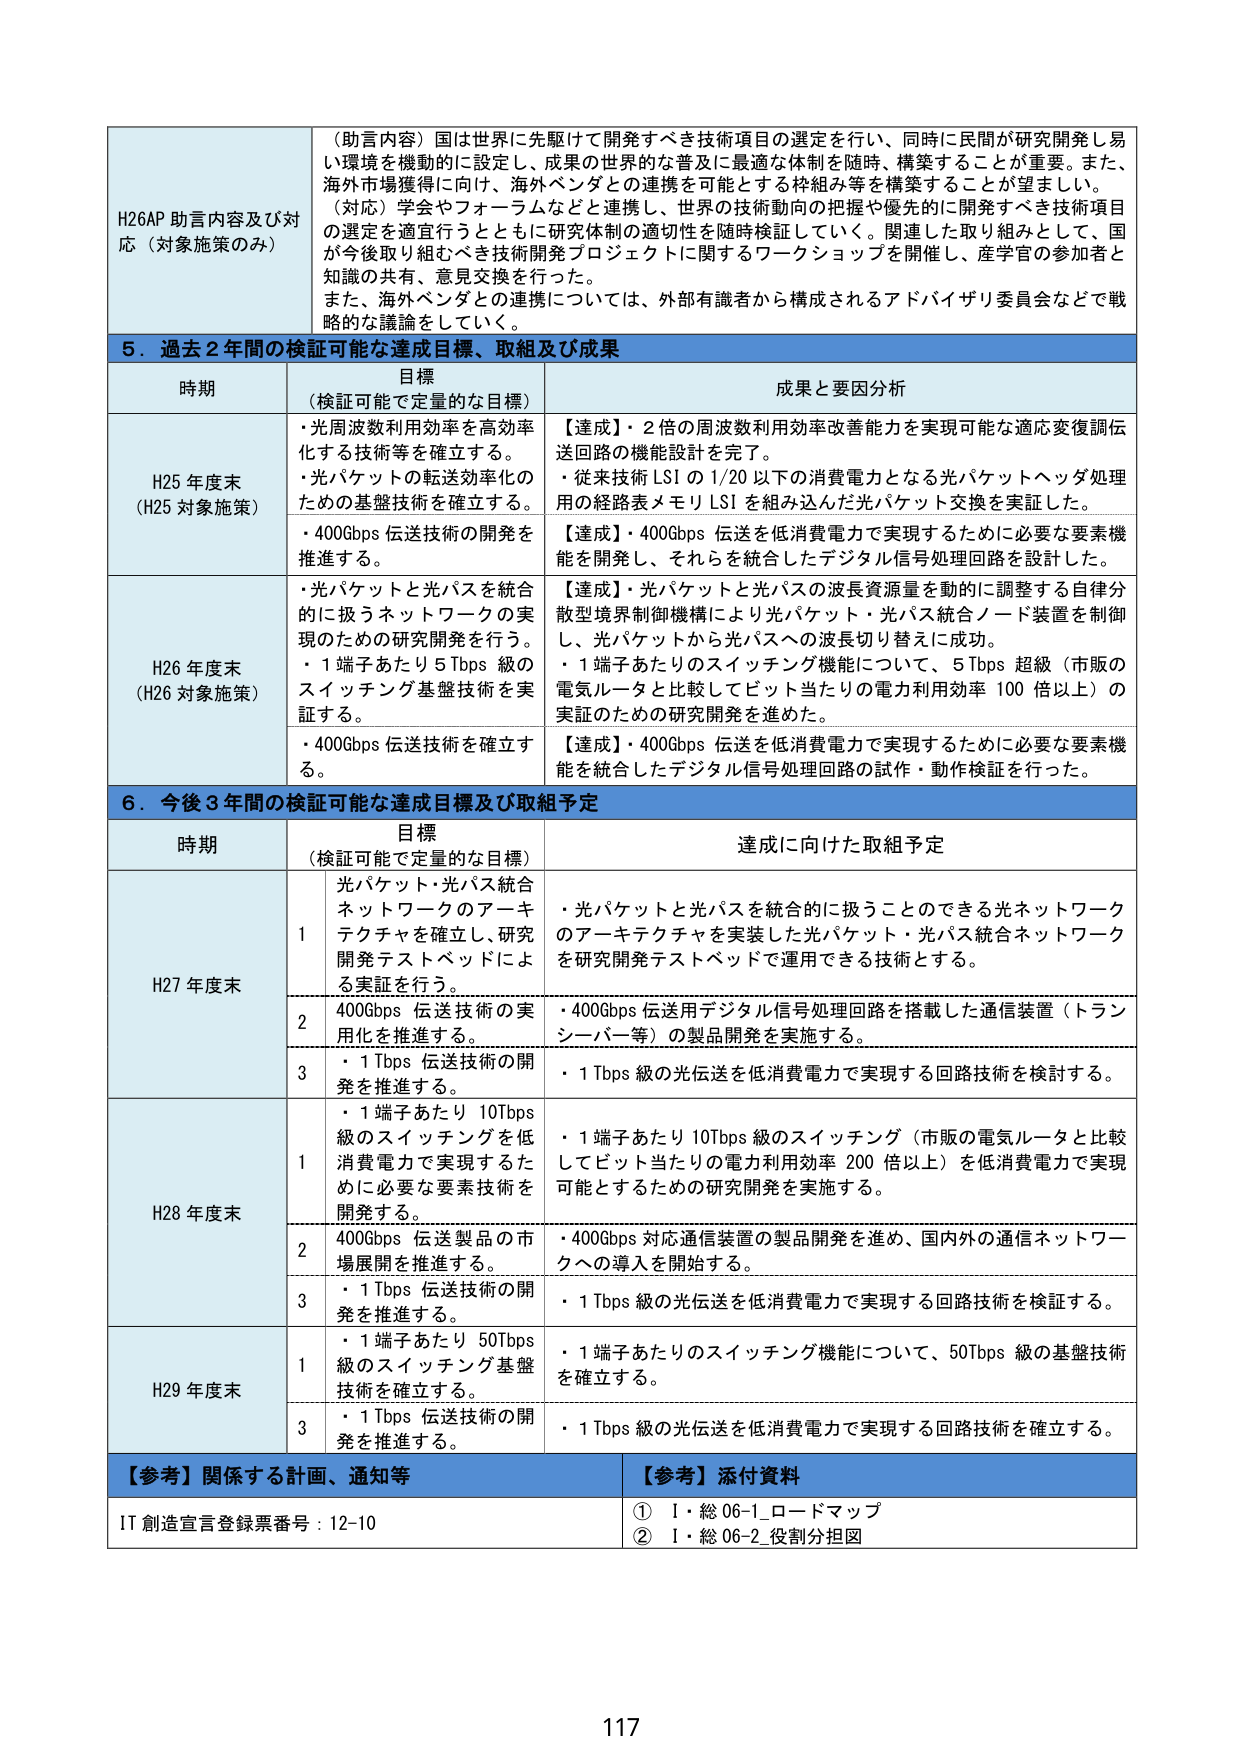
H26AP 助言内容及び対応（対象施策のみ）
（助言内容）国は世界に先駆けて開発すべき技術項目の選定を行い、同時に民間が研究開発し易い環境を機動的に設定し、成果の世界的な普及に最適な体制を随時、構築することが重要。また、海外市場獲得に向け、海外ベンダとの連携を可能とする枠組み等を構築することが望ましい。
（対応）学会やフォーラムなどと連携し、世界の技術動向の把握や優先的に開発すべき技術項目の選定を適宜行うとともに研究体制の適切性を随時検証していく。関連した取り組みとして、国が今後取り組むべき技術開発プロジェクトに関するワークショップを開催し、産学官の参加者と知識の共有、意見交換を行った。
また、海外ベンダとの連携については、外部有識者から構成されるアドバイザリ委員会などで戦略的な議論をしていく。

5．過去2年間の検証可能な達成目標、取組及び成果
時期 目標（検証可能で定量的な目標） 成果と要因分析
H25年度末（H25対象施策）
・光周波数利用効率を高効率化する技術等を確立する。
・光パケットの転送効率化のための基盤技術を確立する。
・400Gbps伝送技術の開発を推進する。
【達成】・2倍の周波数利用効率改善能力を実現可能な適応変復調伝送回路の機能設計を完了。
・従来技術LSIの1/20以下の消費電力となる光パケットヘッダ処理用の経路表メモリLSIを組み込んだ光パケット交換を実証した。
【達成】・400Gbps伝送を低消費電力で実現するために必要な要素機能を開発し、それらを統合したデジタル信号処理回路を設計した。
H26年度末（H26対象施策）
・光パケットと光パスを統合的に扱うネットワークの実現のための研究開発を行う。
・1端子あたり5Tbps級のスイッチング基盤技術を実証する。
・400Gbps伝送技術を確立する。
【達成】・光パケットと光パスの波長資源量を動的に調整する自律分散型境界制御機構により光パケット・光パス統合ノード装置を制御し、光パケットから光パスへの波長切り替えに成功。
・1端子あたりのスイッチング機能について、5Tbps超級（市販の電気ルータと比較してビット当たりの電力利用効率100倍以上）の実証のための研究開発を進めた。
【達成】・400Gbps伝送を低消費電力で実現するために必要な要素機能を統合したデジタル信号処理回路の試作・動作検証を行った。

6．今後3年間の検証可能な達成目標及び取組予定
時期 目標（検証可能で定量的な目標） 達成に向けた取組予定
H27年度末
1 光パケット・光パス統合ネットワークのアーキテクチャを確立し、研究開発テストベッドによる実証を行う。
・光パケットと光パスを統合的に扱うことのできる光ネットワークのアーキテクチャを実装した光パケット・光パス統合ネットワークを研究開発テストベッドで運用できる技術とする。
2 400Gbps伝送技術の実用化を推進する。
・400Gbps伝送用デジタル信号処理回路を搭載した通信装置（トランシーバー等）の製品開発を実施する。
3 ・1Tbps伝送技術の開発を推進する。
・1Tbps級の光伝送を低消費電力で実現する回路技術を検討する。
H28年度末
1 ・1端子あたり10Tbps級のスイッチングを低消費電力で実現するために必要な要素技術を開発する。
・1端子あたり10Tbps級のスイッチング（市販の電気ルータと比較してビット当たりの電力利用効率200倍以上）を低消費電力で実現可能とするための研究開発を実施する。
2 400Gbps伝送製品の市場展開を推進する。
・400Gbps対応通信装置の製品開発を進め、国内外の通信ネットワークへの導入を開始する。
3 ・1Tbps伝送技術の開発を推進する。
・1Tbps級の光伝送を低消費電力で実現する回路技術を検証する。
H29年度末
1 ・1端子あたり50Tbps級のスイッチング基盤技術を確立する。
・1端子あたりのスイッチング機能について、50Tbps級の基盤技術を確立する。
3 ・1Tbps伝送技術の開発を推進する。
・1Tbps級の光伝送を低消費電力で実現する回路技術を確立する。
【参考】関係する計画、通知等 【参考】添付資料
IT創造宣言登録票番号：12-10
① I・総06-1_ロードマップ
② I・総06-2_役割分担図
117